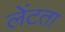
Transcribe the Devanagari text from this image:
लेंटता